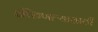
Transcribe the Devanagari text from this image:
इच्छिणाऱ्यासाठी